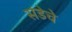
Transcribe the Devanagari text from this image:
संडेचे